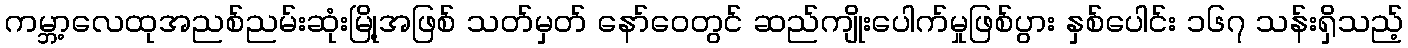
ကမ္ဘာ့လေထုအညစ်ညမ်းဆုံးမြို့အဖြစ် သတ်မှတ် နော်ဝေတွင် ဆည်ကျိုးပေါက်မှုဖြစ်ပွား နှစ်ပေါင်း ၁၆၇ သန်းရှိသည့်